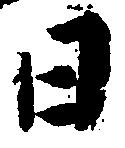
日